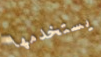
يستخدمها